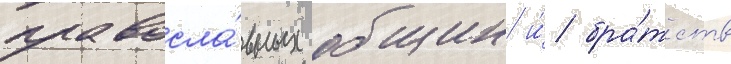
правосла́вных общин и́ бра́тств